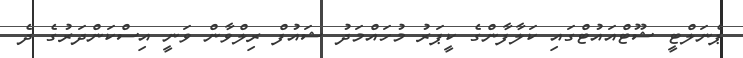
ޕެނަލްޓީ ޝޫޓްއައުޓްގައި ކަލާފާންގެ ކީޕަރު މުހައްމަދު ޝައުފް ރިލްވާން ވަނީ އިސްކަންދަރުގެ ދެ